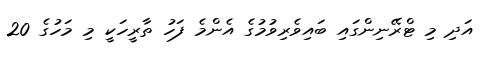
އަދި މި ޓްރޭނިންގައި ބައިވެރިވުމުގެ އެންމެ ފަހު ތާރީހަކީ މި މަހުގެ 20